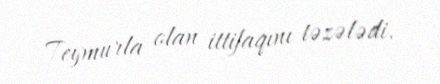
Teymurla olan ittifaqını təzələdi.